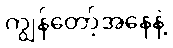
ကျွန်တော့်အနေနဲ့